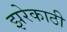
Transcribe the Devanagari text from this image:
झरेकाठी